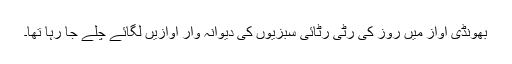
بھونڈی آواز میں روز کی رٹی رٹائی سبزیوں کی دیوانہ وار آوازیں لگائے چلے جا رہا تھا۔